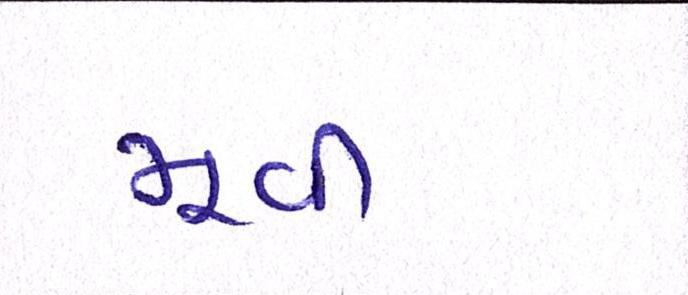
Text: મૂવી